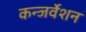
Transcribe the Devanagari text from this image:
कन्जर्वेशन